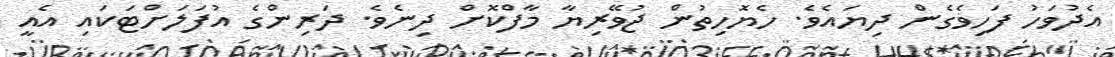
އެދުވަހު ފަހިވެގެން ދިޔައެވެ. ހެޔޮހިތުން ޖުވޭރިޔާ މާފްކޮށް ދިނެވެ. ދަރިންގެ އުފަލަށްޓަކައި އެއީ